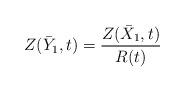
LaTeX: \begin{align*}Z(\bar Y_1,t) = \frac{Z(\bar X_1,t)}{R(t)}\end{align*}